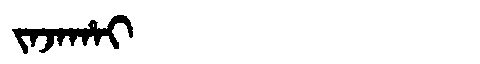
Manchu: ᠵᠠᠵᠠᡥᠠᡳ
Romanization: JAJAHAI